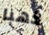
ذهبا